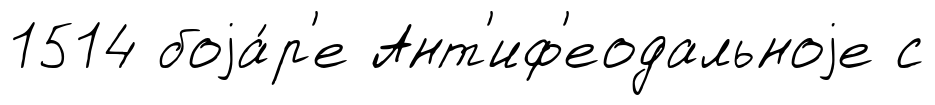
1514 боjа́р'е Ант'иф'еодальноjе с